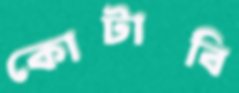
কোটাবি